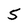
Character: 5